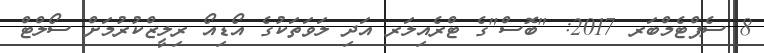
8 ސެޕްޓެމްބަރ 2017: "ބޮސް"ގެ ޓްރެއިލަރ އަދި ލަވަތަކުގެ އޯޑިއޯ ރިލީޒްކުރުމަށް ސޯލްޓް